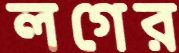
লগের